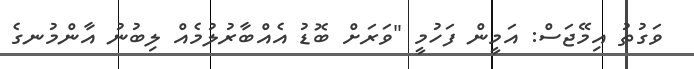
ވަގުތު އިމޭޖަސް: އަމީން ފަހުމީ "ވަރަށް ބޮޑު އެއްބާރުލުމެއް ލިބުނު އާންމުނގެ